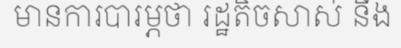
មានការបារម្ភថា រដ្ឋតិចសាស់ នឹង